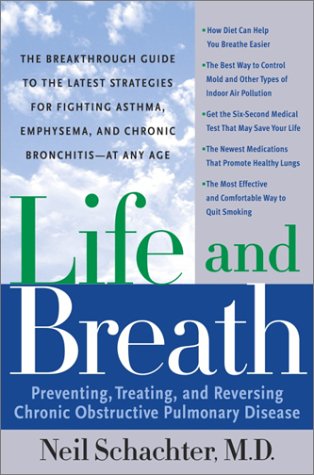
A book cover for Life and Breath: Preventing, Treating and Reversing Chronic Obstructive Pulmonary Disease; Neil Schachter; Health, Fitness & Dieting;